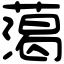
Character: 䔽